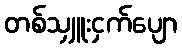
တစ်သျှူးငှက်ပျော